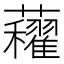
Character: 𧅈